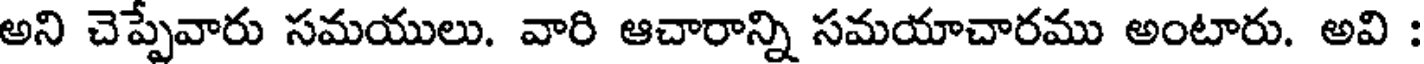
అని చెప్పేవారు సమయులు. వారి ఆచారాన్ని సమయాచారము అంటారు. అవి :